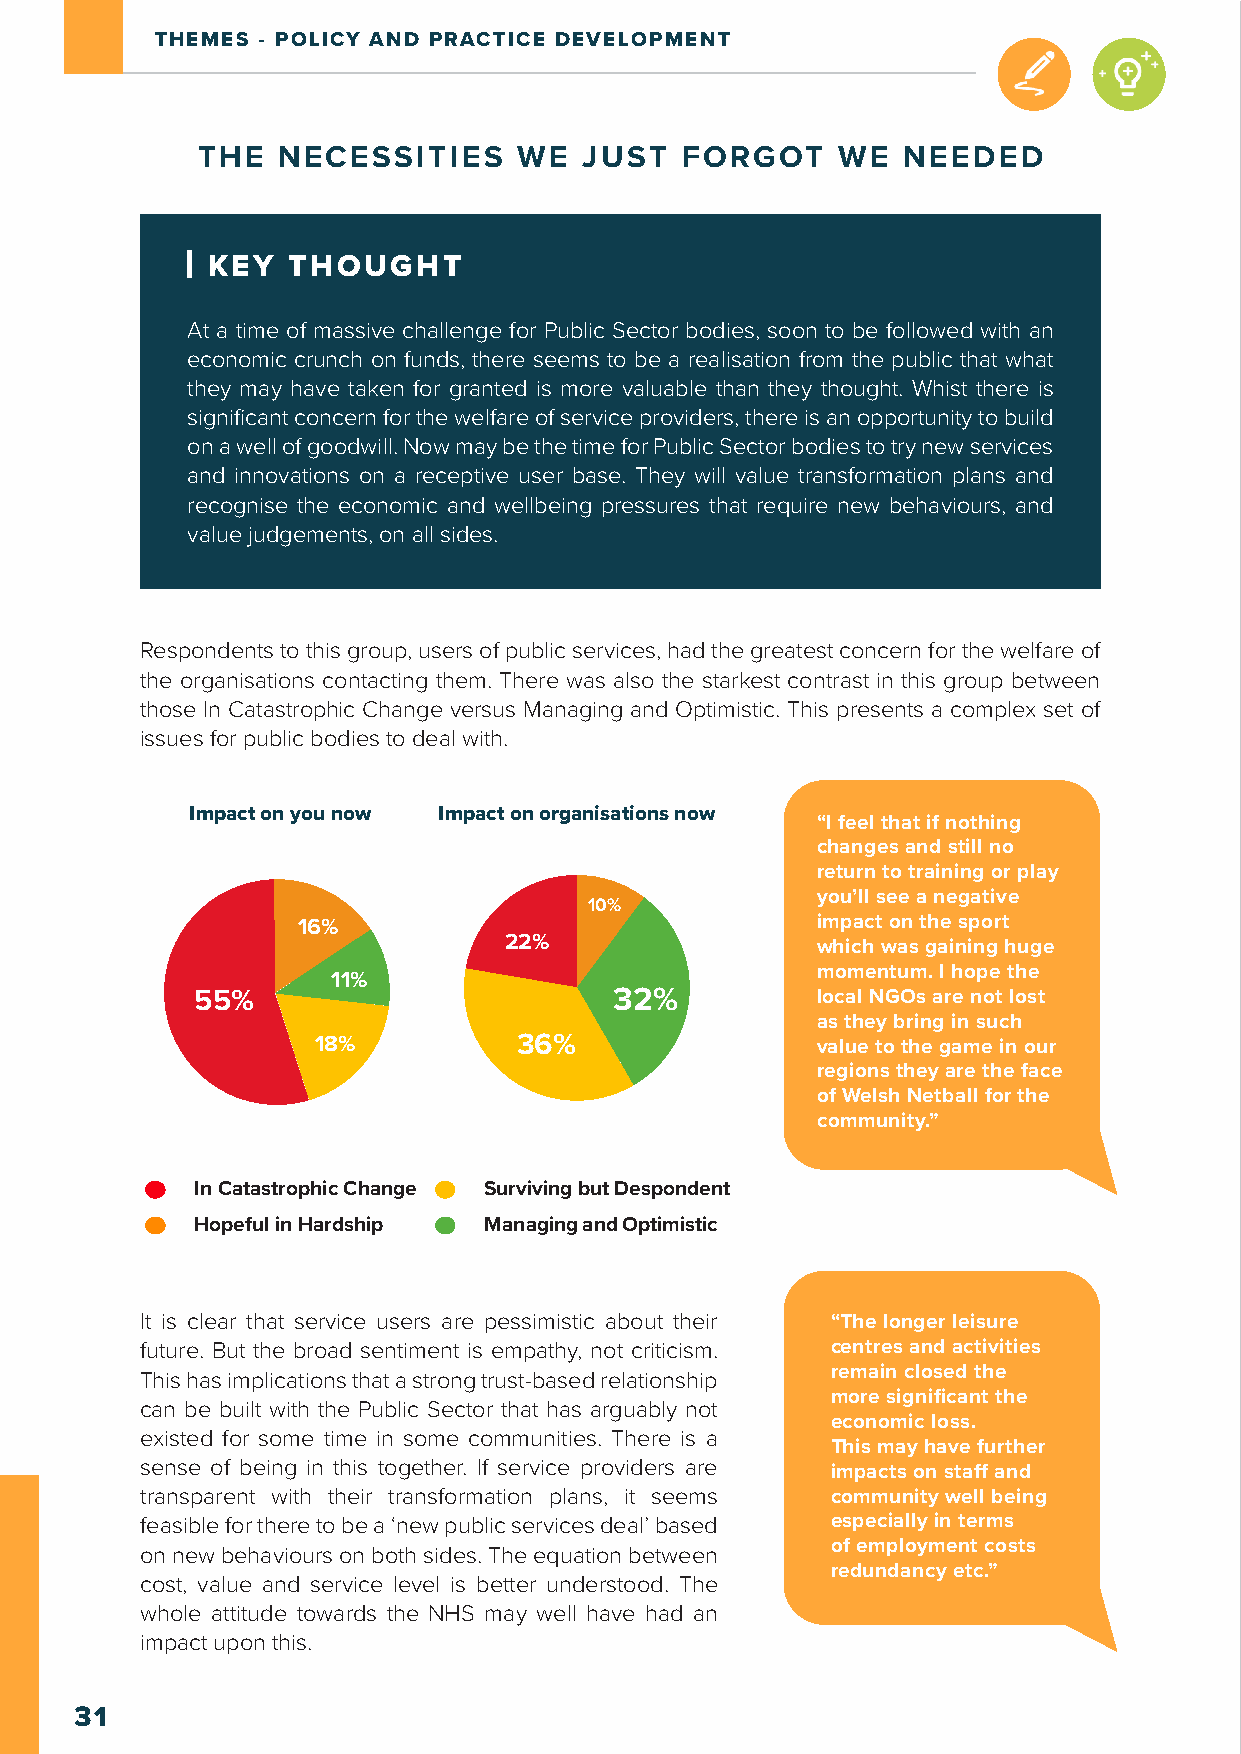
THEMES - POLICY AND PRACTICE DEVELOPMENT
 THE  NECESSITIES     WE   JUST  FORGOT     WE  NEEDED
 KEY  THOUGHT
 At a time of massive challenge for Public Sector bodies, soon to be followed with an
 economic crunch on funds, there seems to be a realisation from the public that what
 they may have taken for granted is more valuable than they thought. Whist there is
 significant concern for the welfare of service providers, there is an opportunity to build
 on a well of goodwill. Now may be the time for Public Sector bodies to try new services
 and innovations on a receptive user base. They will value transformation plans and
 recognise the economic and wellbeing pressures that require new behaviours, and
 value judgements, on all sides.
 Respondents to this group, users of public services, had the greatest concern for the welfare of
 the organisations contacting them. There was also the starkest contrast in this group between
 those In Catastrophic Change versus Managing and Optimistic. This presents a complex set of
 issues for public bodies to deal with.
 Impact on you now Impact on organisations now
 “I feel that if nothing
 changes and still no
 return to training or play
 you’ll see a negative
 10%
 16%                               impact on the sport
 22%                  which was gaining huge
 momentum. I hope the
 11%
 55%                         32%          local NGOs are not lost
 as they bring in such
 18%          36%                 value to the game in our
 regions they are the face
 of Welsh Netball for the
 community.”
 In Catastrophic Change Surviving but Despondent
 Hopeful in Hardship Managing and Optimistic
 It is clear that service users are pessimistic about their “The longer leisure
 future. But the broad sentiment is empathy, not criticism. centres and activities
 This has implications that a strong trust-based relationship remain closed the
 more significant the
 can be built with the Public Sector that has arguably not
 economic loss.
 existed for some time in some communities. There is a
 This may have further
 sense of being in this together. If service providers are impacts on staff and
 transparent with their transformation plans, it seems community well being
 feasible for there to be a ‘new public services deal’ based especially in terms
 of employment costs
 on new behaviours on both sides. The equation between
 redundancy etc.”
 cost, value and service level is better understood. The
 whole attitude towards the NHS may well have had an
 impact upon this.
 31